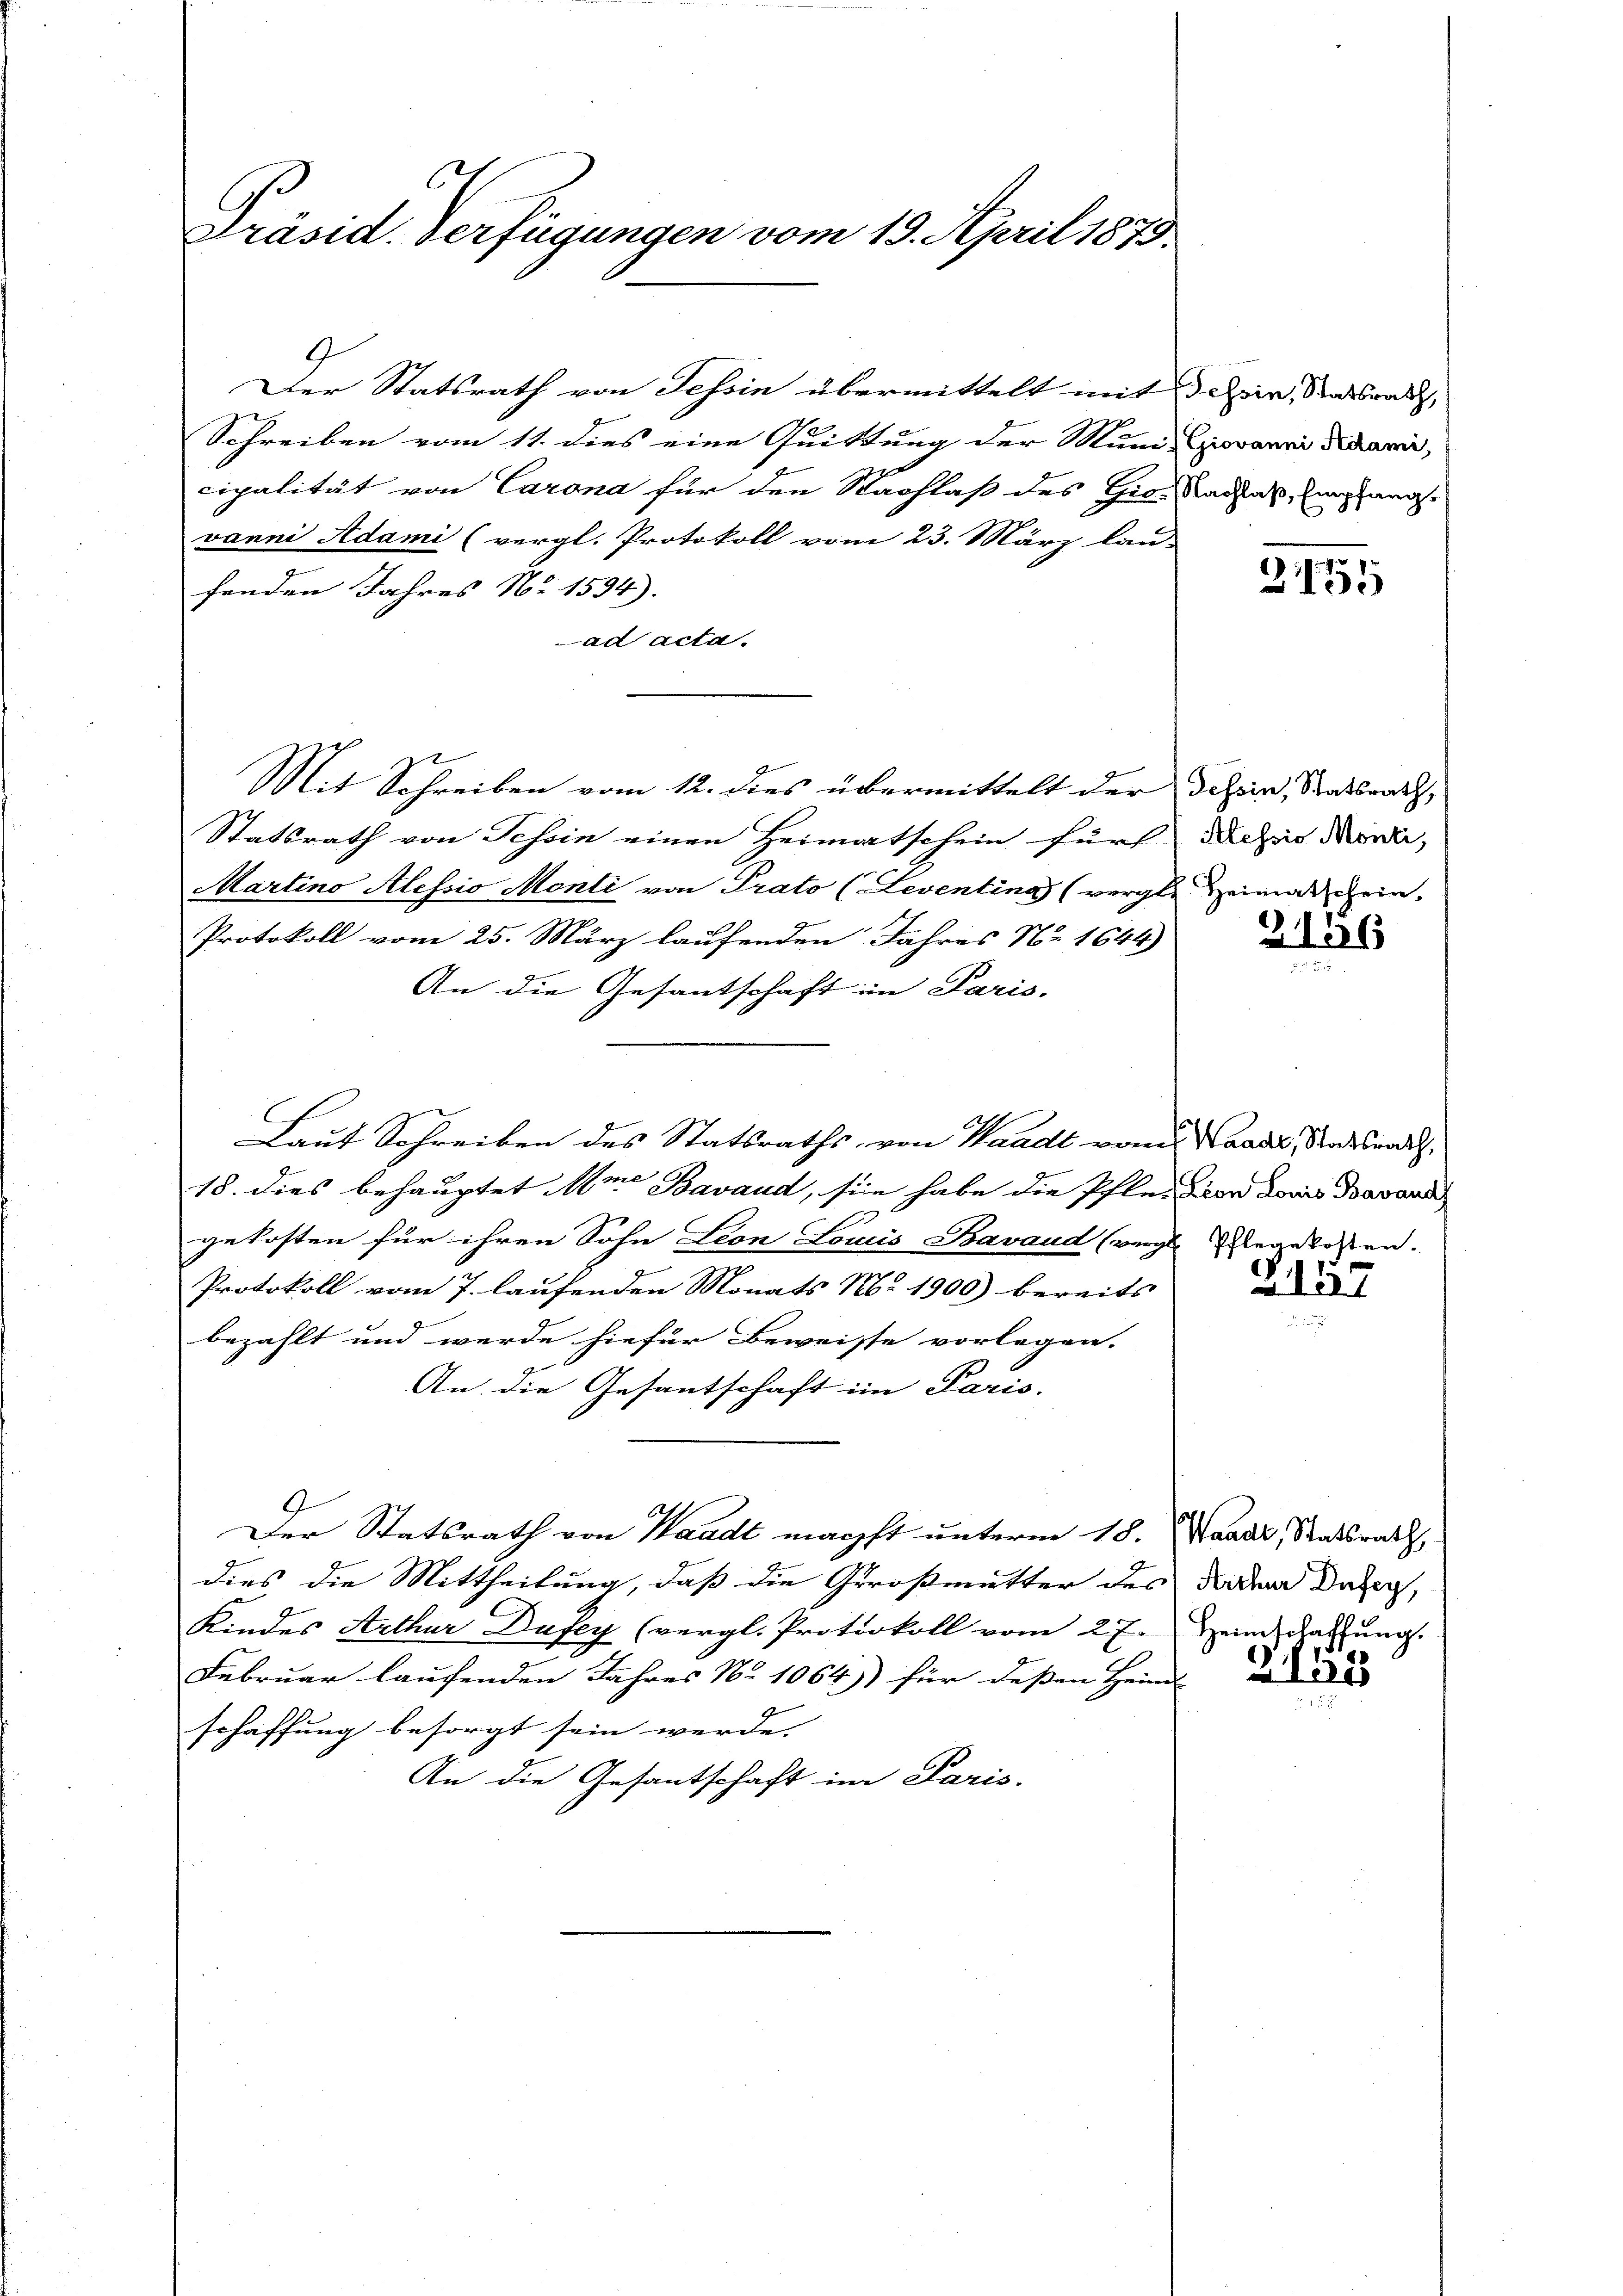
Präsid. Verfügungen vom 19. April 1873.

Der Statsrath von Tessin übermittelt mit desir, Staatsrath,
Schreiben vom 11. dies eine Quittung der Mund Giovanni didarin,
cipalität von Carona für den Nachlaß des Gro- Radhat, Eiernach
vanni Adami (vergl. Protokoll vom 23. März lau-
fenden Jahres No 1594).
ad acta.
Mit Schreiben vom 12. dies übermittelt der Schein, Staatsrath,
Statsrath von Tessin einen Heimatschein für Saches Mone,
Martino Alessio Monti von Prato (Leventina (vergle Heimat ein
Protokoll vom 25. März laufenden Jahres Nr 1644)
An die Gesantschaft im Paris.
Laut Schreiben des Statsraths von Waadt vom 2. Waadt, Stadtsrath,
18. dies behauptet in Bavaud, sie habe die Pfleizion doris Davan
gekosten für ihren Sohn Leon Louis Bavaud (vergl. Angekosten.
Protokoll vom 7. laufenden Monats Mr 1900) bereits
bezahlt und werde hiefür Beweisse vorlegen.
An die Gesantschaft im Paris:
Der Statsrath von Waadt machst unterm 18. Waadt, Statsrath,
dies die Mittheilung, daß die Großmutter des dem Datig,
Kindes Arthur Dufey (vergl. Protokoll vom 27. Heimschaffung.
Februar laufenden Jahres No 1064)) für deßen Heind
schaffung besorgt sein werde.
An die Gesantschaft im Paris.

3155

21156

Z.137

2121